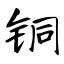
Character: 铜